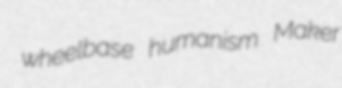
wheelbase humanism Maker